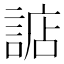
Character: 䛸